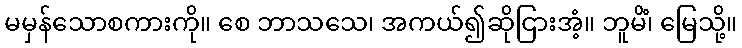
မမှန်သောစကားကို။ စေ ဘာသသေ၊ အကယ်၍ဆိုငြားအံ့။ ဘူမိံ၊ မြေသို့။